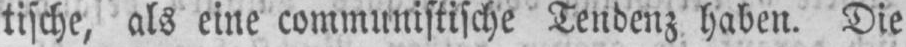
tische, als eine communistische Tendenz haben. Die